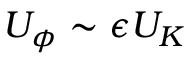
U _ { \phi } \sim \epsilon U _ { K }